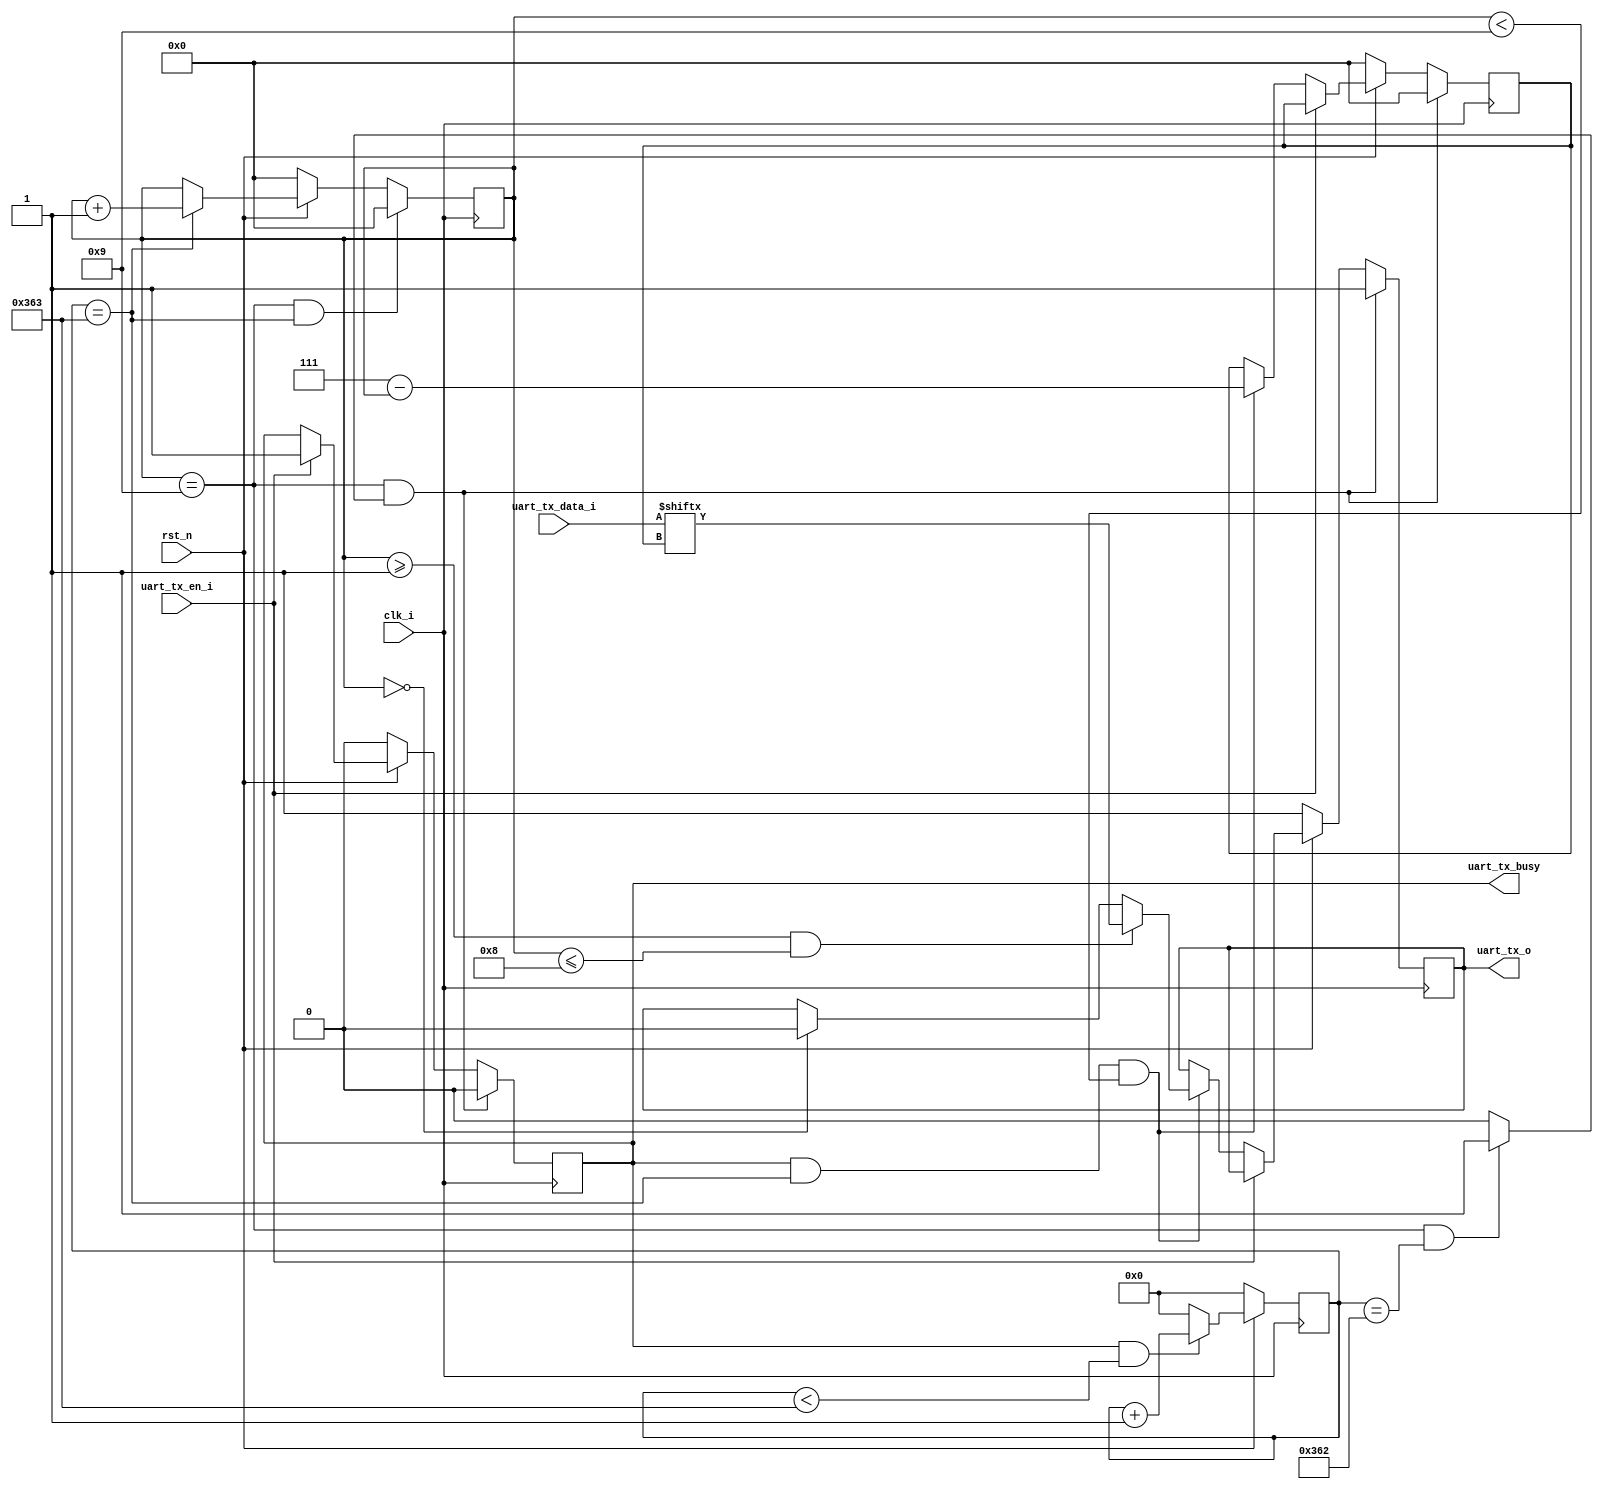
`timescale 1ns / 1ps
module uart_tx(
	input 		clk_i         ,
	input 	    rst_n         ,	 	
	input [7:0] uart_tx_data_i, //
	input 		uart_tx_en_i  , //
	output 		uart_tx_o     , 	
	output 		uart_tx_busy
);
parameter [14:0] BAUD_DIV = 15'd867;//115200bps100Mhz/115200 - 1'b1=867  
parameter [14:0] STOP_DIV = 15'd866; 
//reg define
reg        bps_start_en = 1'b0 ;
reg        uart_tx      = 1'b1 ;
reg [3:0]  bit_cnt      = 4'd0 ; 
reg [3:0]  bit          = 4'd0 ; 
reg [12:0] baud_div     = 13'd0;
wire bps_en = (baud_div == BAUD_DIV);
wire stop_en = (bit_cnt==4'd9)&&(baud_div == STOP_DIV) ? 1'b1 : 1'b0;
assign uart_tx_busy = bps_start_en;
assign uart_tx_o = uart_tx;

always@(posedge clk_i)begin
    if(!rst_n)
        baud_div <= 13'd0;
	else if(bps_start_en && baud_div < BAUD_DIV)
		baud_div <= baud_div + 1'b1; 
	else
		baud_div <= 13'd0;
end

always@(posedge clk_i)begin
    if(!rst_n)
        bit_cnt <= 4'd0;
	else if(bps_en)
		bit_cnt <=bit_cnt+4'd1;
	else
		bit_cnt <=bit_cnt;
	if(bit_cnt==4'd9&&bps_en)
	    bit_cnt <=4'd0;
end

always@(posedge clk_i)begin
    if(!rst_n)begin
        bps_start_en <= 1'b0;
        uart_tx      <= 1'b1;
	    bit          <= 4'b0;
    end
    else if(uart_tx_en_i) 
        bps_start_en <= 1'b1;
	else if(bps_start_en&&bps_en&&(bit_cnt<4'd9)) begin
	    bit <=4'd7 - bit_cnt;
	   if(bit_cnt==4'd0)                     uart_tx <=1'b0;
	   if((bit_cnt>=4'd1)&&(bit_cnt<=4'd8))  uart_tx<=uart_tx_data_i[bit];
	end 
    if(bit_cnt==4'd9&&stop_en)begin
	    uart_tx      <= 1'b1;
	    bit          <= 4'b0;
	    bps_start_en <= 1'b0;
	end
end
endmodule